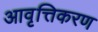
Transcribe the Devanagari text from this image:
आवृत्तिकरण